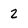
Character: 2